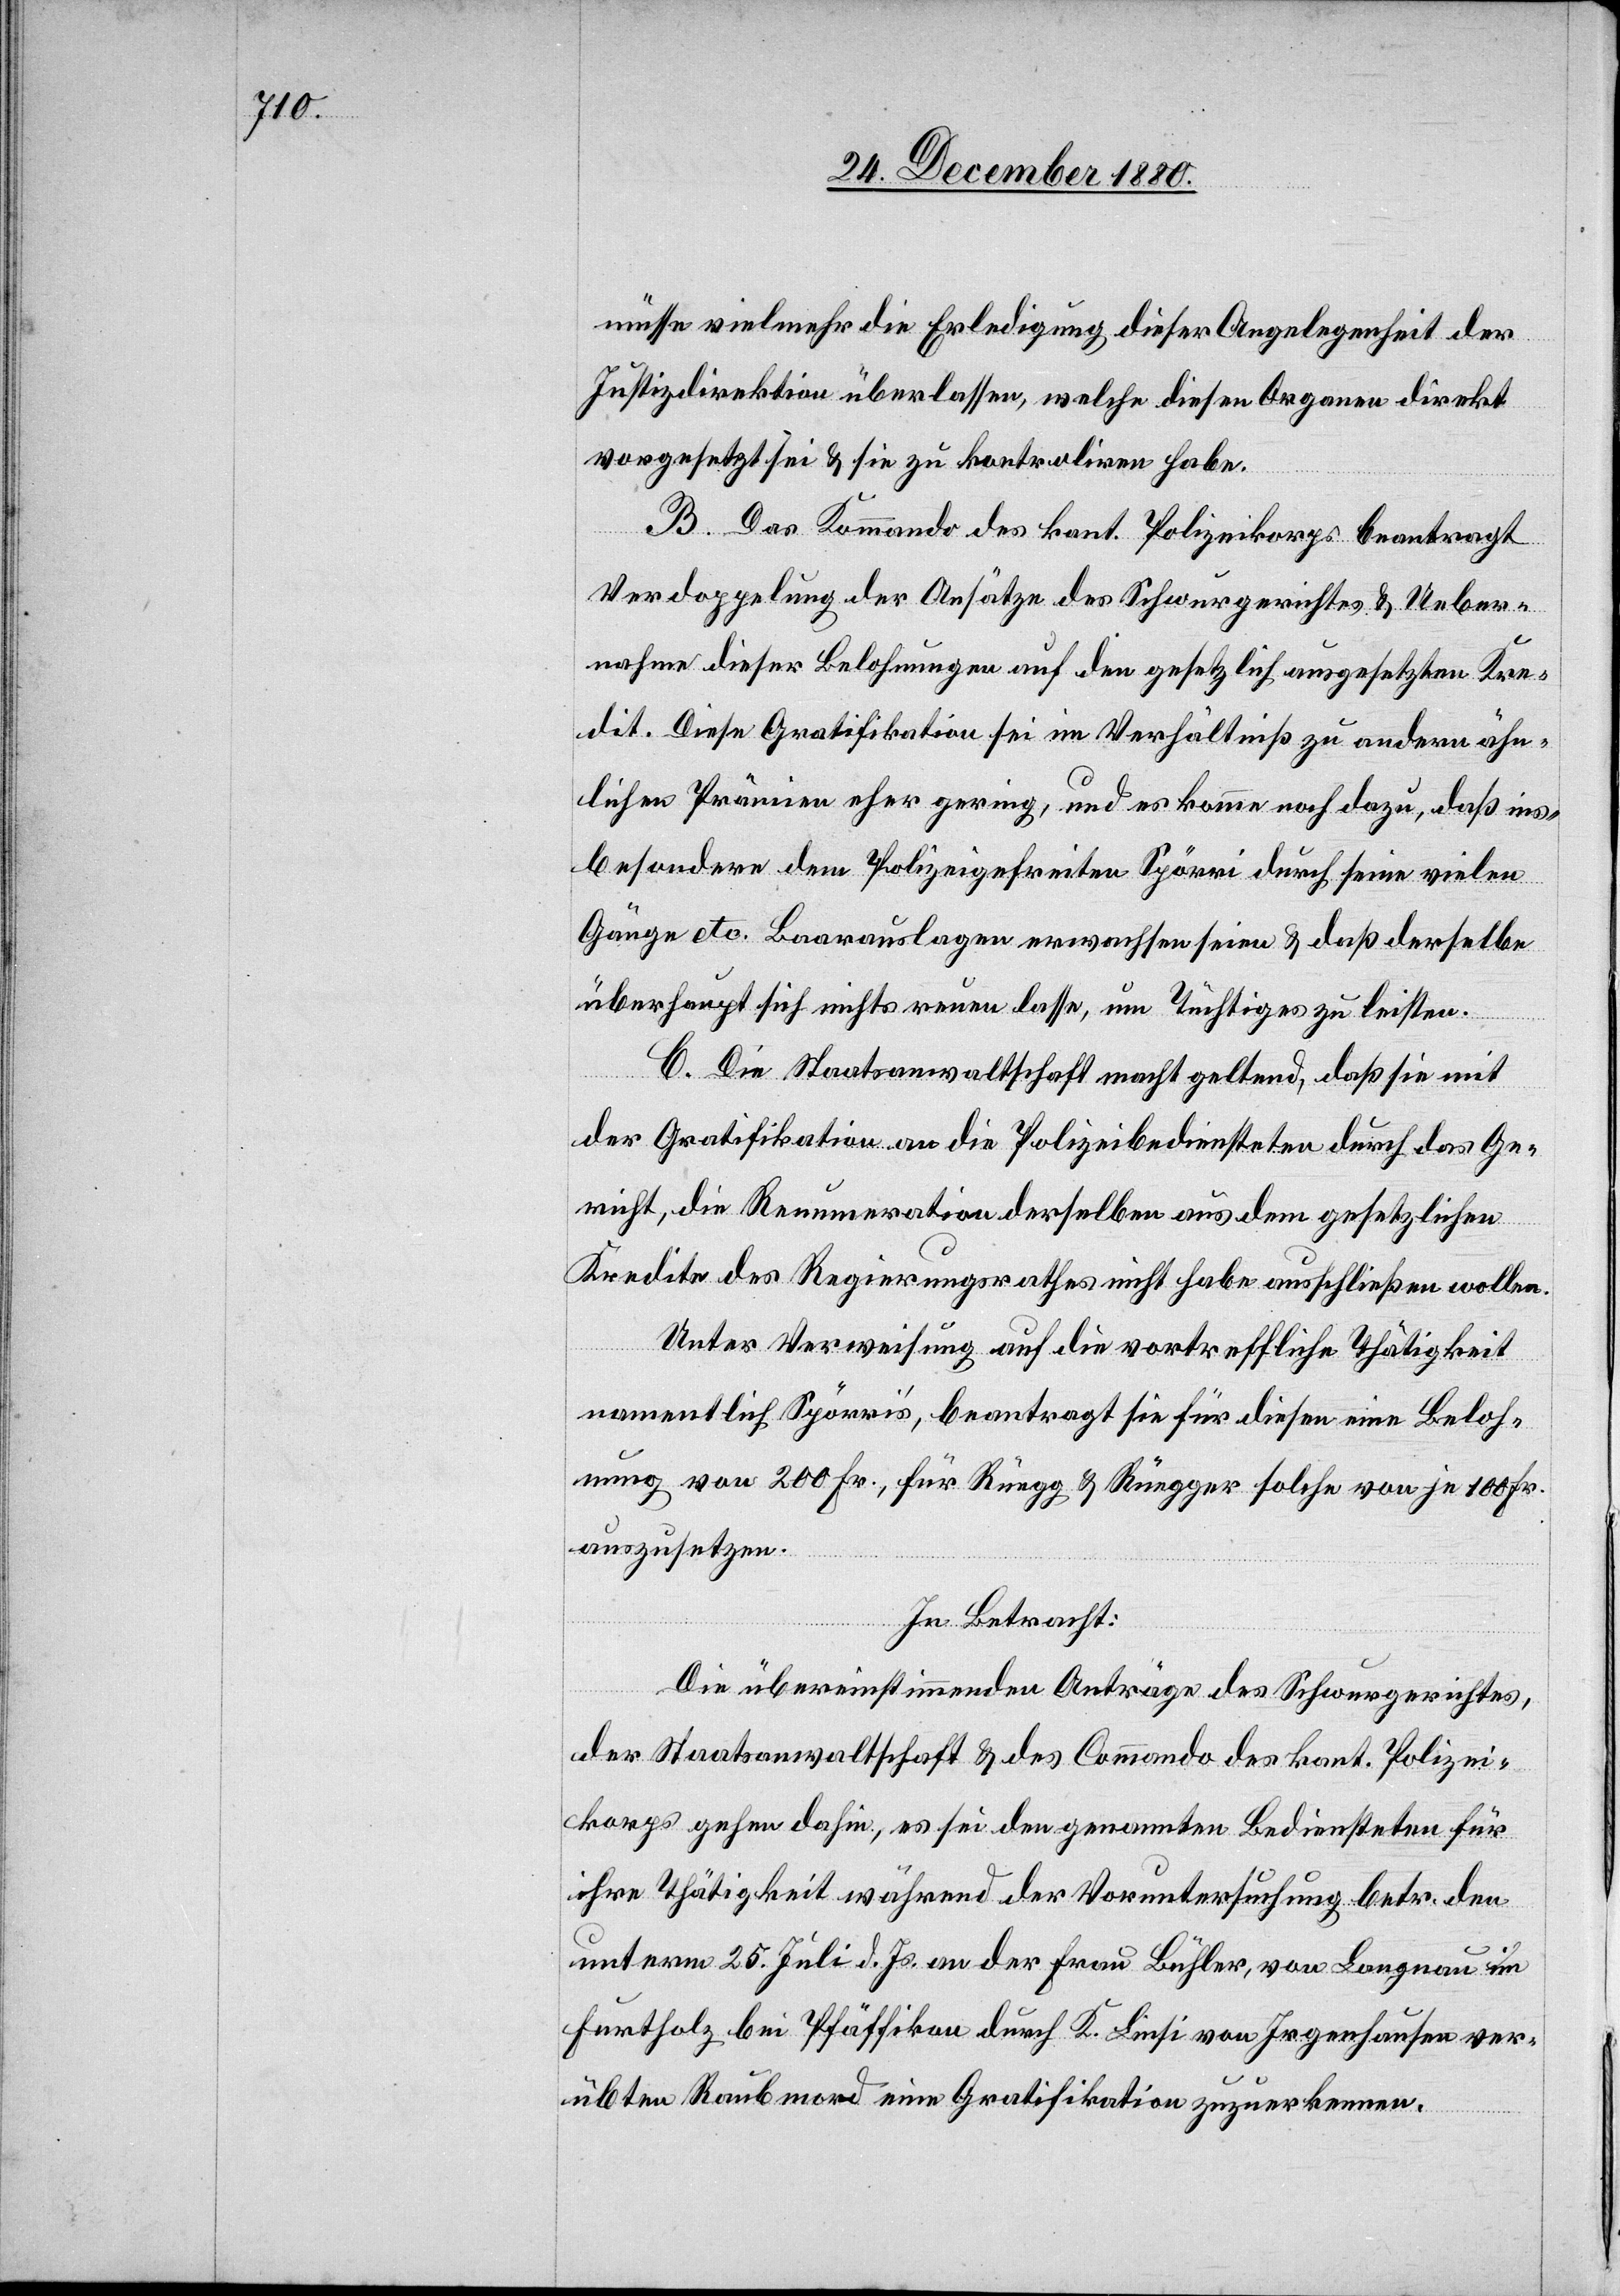
müsse vielmehr die Erledigung dieser Angelegenheit der
Justizdirektion überlassen, welche diesen Organen direkt
vorgesetzt sei & sie zu kontroliren habe.
B. Das Kommando des kant. Polizeikorps beantragt
Verdoppelung der Ansätze des Schwurgerichtes & Ueber¬
nahme dieser Belohnung auf den gesetzlich ausgesetzten Kre¬
dit. Diese Gratifikation sei im Verhältniß zu andern ähn¬
lichen Prämien eher gering, und es komme noch dazu, daß ins¬
besondere dem Polizeigefreiten Spörri durch seine vielen
Gänge etc. Baarauslagen erwachsen seien & daß derselbe
überhaupt sich nichts reuen lasse, um Tüchtiges zu leisten.
C. Die Staatsanwaltschaft macht geltend, daß sie mit
der Gratifikation an die Polizeibediensteten durch das Ge¬
richt, die Renumeration derselben aus dem gesetzlichen
Kredite des Regierungsrathes nicht habe ausschließen wollen.
Unter Verweisung auf die vortreffliche Thätigkeit
namentlich Spörri’s, beantragt sie für diesen eine Beloh¬
nung von 200 Fr., für Rüegg & Rüegger solche von je 100 Fr.
In Betracht:
Die übereinstimmenden Anträge des Schwurgerichtes,
der Staatsanwaltschaft & des Commando des kant. Polizei¬
korps gehen dahin, es sei den genannten Bediensteten für
ihre Thätigkeit während der Voruntersuchung betr. den
unterm 25. Juli d. Js. an der Frau Bühler, von Langnau im
Furtholz bei Pfäffikon durch K. Linsi von Irgenhausen ver¬
übten Raubmord eine Gratifikation zuzuerkennen.